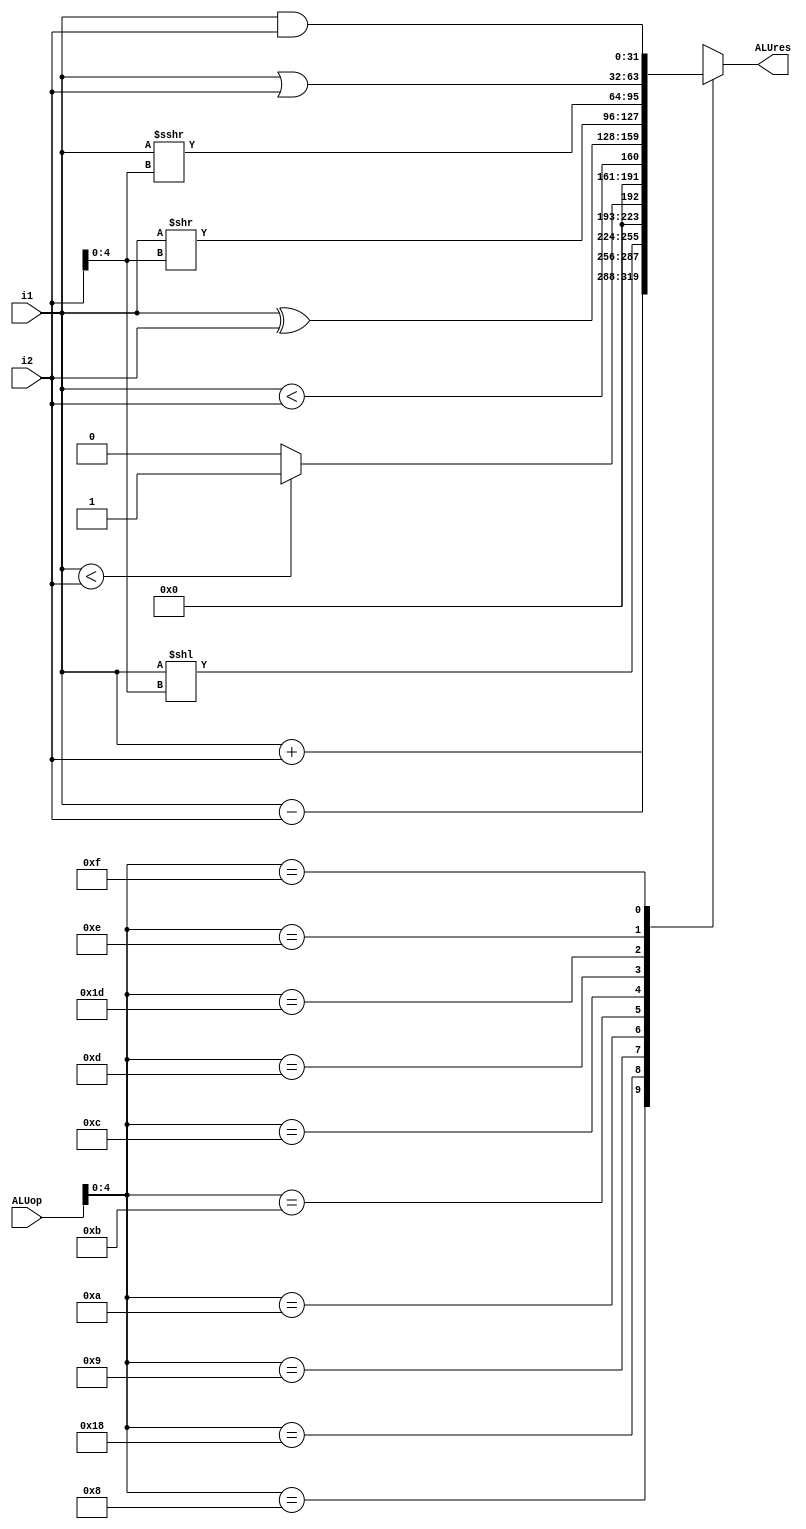
module alu(
    input [5:0] ALUop,      
    input [31:0] i1,   // rdata1(from regfile) always 
    input [31:0] i2,    // depends on instruction
    output reg [31:0] ALUres  
);
    always @(*)  begin
        case (ALUop[4:0])
            5'b01000 : ALUres = i1 + i2;          // ADD, ADDI
            5'b11000 : ALUres = i1 - i2;          // SUB
            5'b01001 : ALUres = {i1 << {i2[4:0]}};  // SLL, SLLI
            5'b01010 : ALUres = ($signed(i1) < $signed(i2)) ? 32'b1 : 32'b0;
            5'b01011 : ALUres = {31'b0, (i1 < i2)}; // SLTU, SLTIU
            5'b01100 : ALUres = i1 ^ i2;          // XOR, XORI
            5'b01101 : ALUres = {i1 >> {i2[4:0]}};   // SRL, SRLI
            5'b11101 : ALUres = {i1 >>> {i2[4:0]}};  // SRA, SRAI
            5'b01110 : ALUres = i1 | i2;             // OR, ORI
            5'b01111 : ALUres = i1 & i2;             // AND, ANDI
            default : ALUres = 32'bx;                 // invalid op => output goes to unknown state
        endcase
    end
endmodule